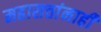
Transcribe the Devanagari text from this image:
महासत्तांनाही